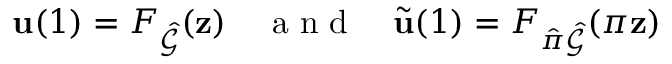
\mathbf { u } ( 1 ) = F _ { \hat { \mathcal { G } } } ( \mathbf { z } ) \quad \mathrm { ~ a ~ n ~ d ~ } \quad \tilde { \mathbf { u } } ( 1 ) = F _ { \hat { \pi } \hat { \mathcal { G } } } ( \pi \mathbf { z } )